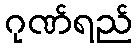
ဂုဏ်ရည်